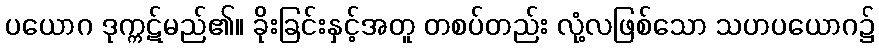
ပယောဂ ဒုက္ကဋ်မည်၏။ ခိုးခြင်းနှင့်အတူ တစပ်တည်း လုံ့လဖြစ်သော သဟပယောဂ၌